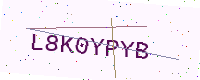
Text: L8K0YPYB